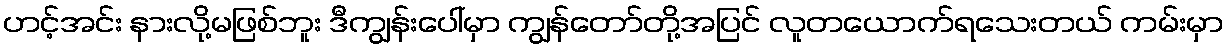
ဟင့်အင်း နားလို့မဖြစ်ဘူး ဒီကျွန်းပေါ်မှာ ကျွန်တော်တို့အပြင် လူတယောက်ရသေးတယ် ကမ်းမှာ